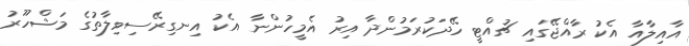
އާއިލާއާ އެކު ރާއްޖޭގައި ޗުއްޓީ ހޭދަކުރަމުންދާ އިރު އެމީހުންނާ އެކު އިނގިރޭސިވިލާތުގެ މަޝްހޫރު